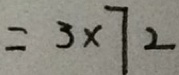
= 3 \times 7 2